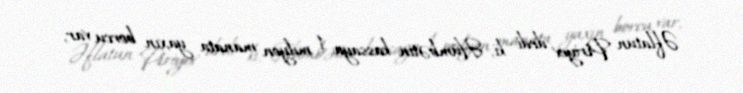
Əflatun Piriyev dedi ki, Hümbətin kassaya 1 milyon manata yaxın borcu var,